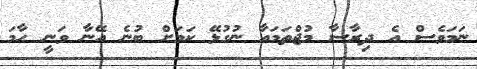
ނަމަވެސް އެ ދިރާސާ މުޖްތަމައާ ނުގުޅޭ ކަމަށް ބުނެ އޭނާ ވަނީ ހާމަ